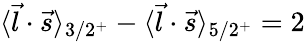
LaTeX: \langle\vec{l}\cdot\vec{s}\rangle_{3/2^{+}}-\langle\vec{l}\cdot\vec{s}\rangle_{5/2^{+}}=2